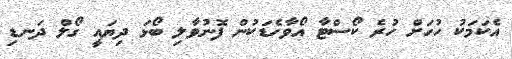
އެކަމަކު ހުހަށް ހުރެ ކޯސްޓާ އޯވާހެޑަކުން ފޮނުވާލި ބޯޅަ ދިޔައީ ގޯލް ދަނޑި